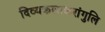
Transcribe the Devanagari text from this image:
दिव्यकलाकरांगुलि